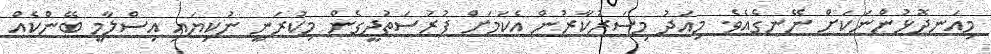
މިއަނދޮޅުންނަކަށް ނޭނގެއެވެ. މިއަދު މިސަރުކާރުން އެކަމަށް ފުރުސަތުދީގެން މިކުރަނީ ނުކިޔައި އިސްލާމީ ބޭންކެއް